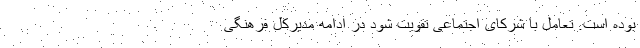
بوده است. تعامل با شرکای اجتماعی تقویت شود در ادامه مدیرکل فرهنگی